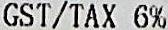
GST/TAX 6%